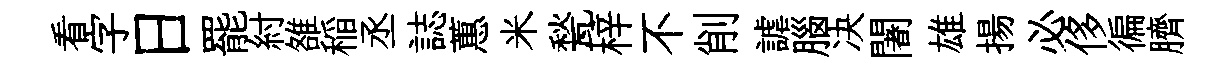
看字日罷紂雒稲丞誌蕙米甃梓不削謔腦决闍雄揚必侈徧臍